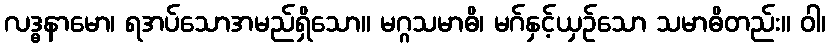
လဒ္ဓနာမော၊ ရအပ်သောအမည်ရှိသော။ မဂ္ဂသမာဓိ၊ မဂ်နှင့်ယှဉ်သော သမာဓိတည်း။ ဝါ၊